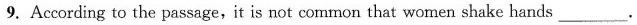
9. According to the passage,it is not common that women shake hands___.